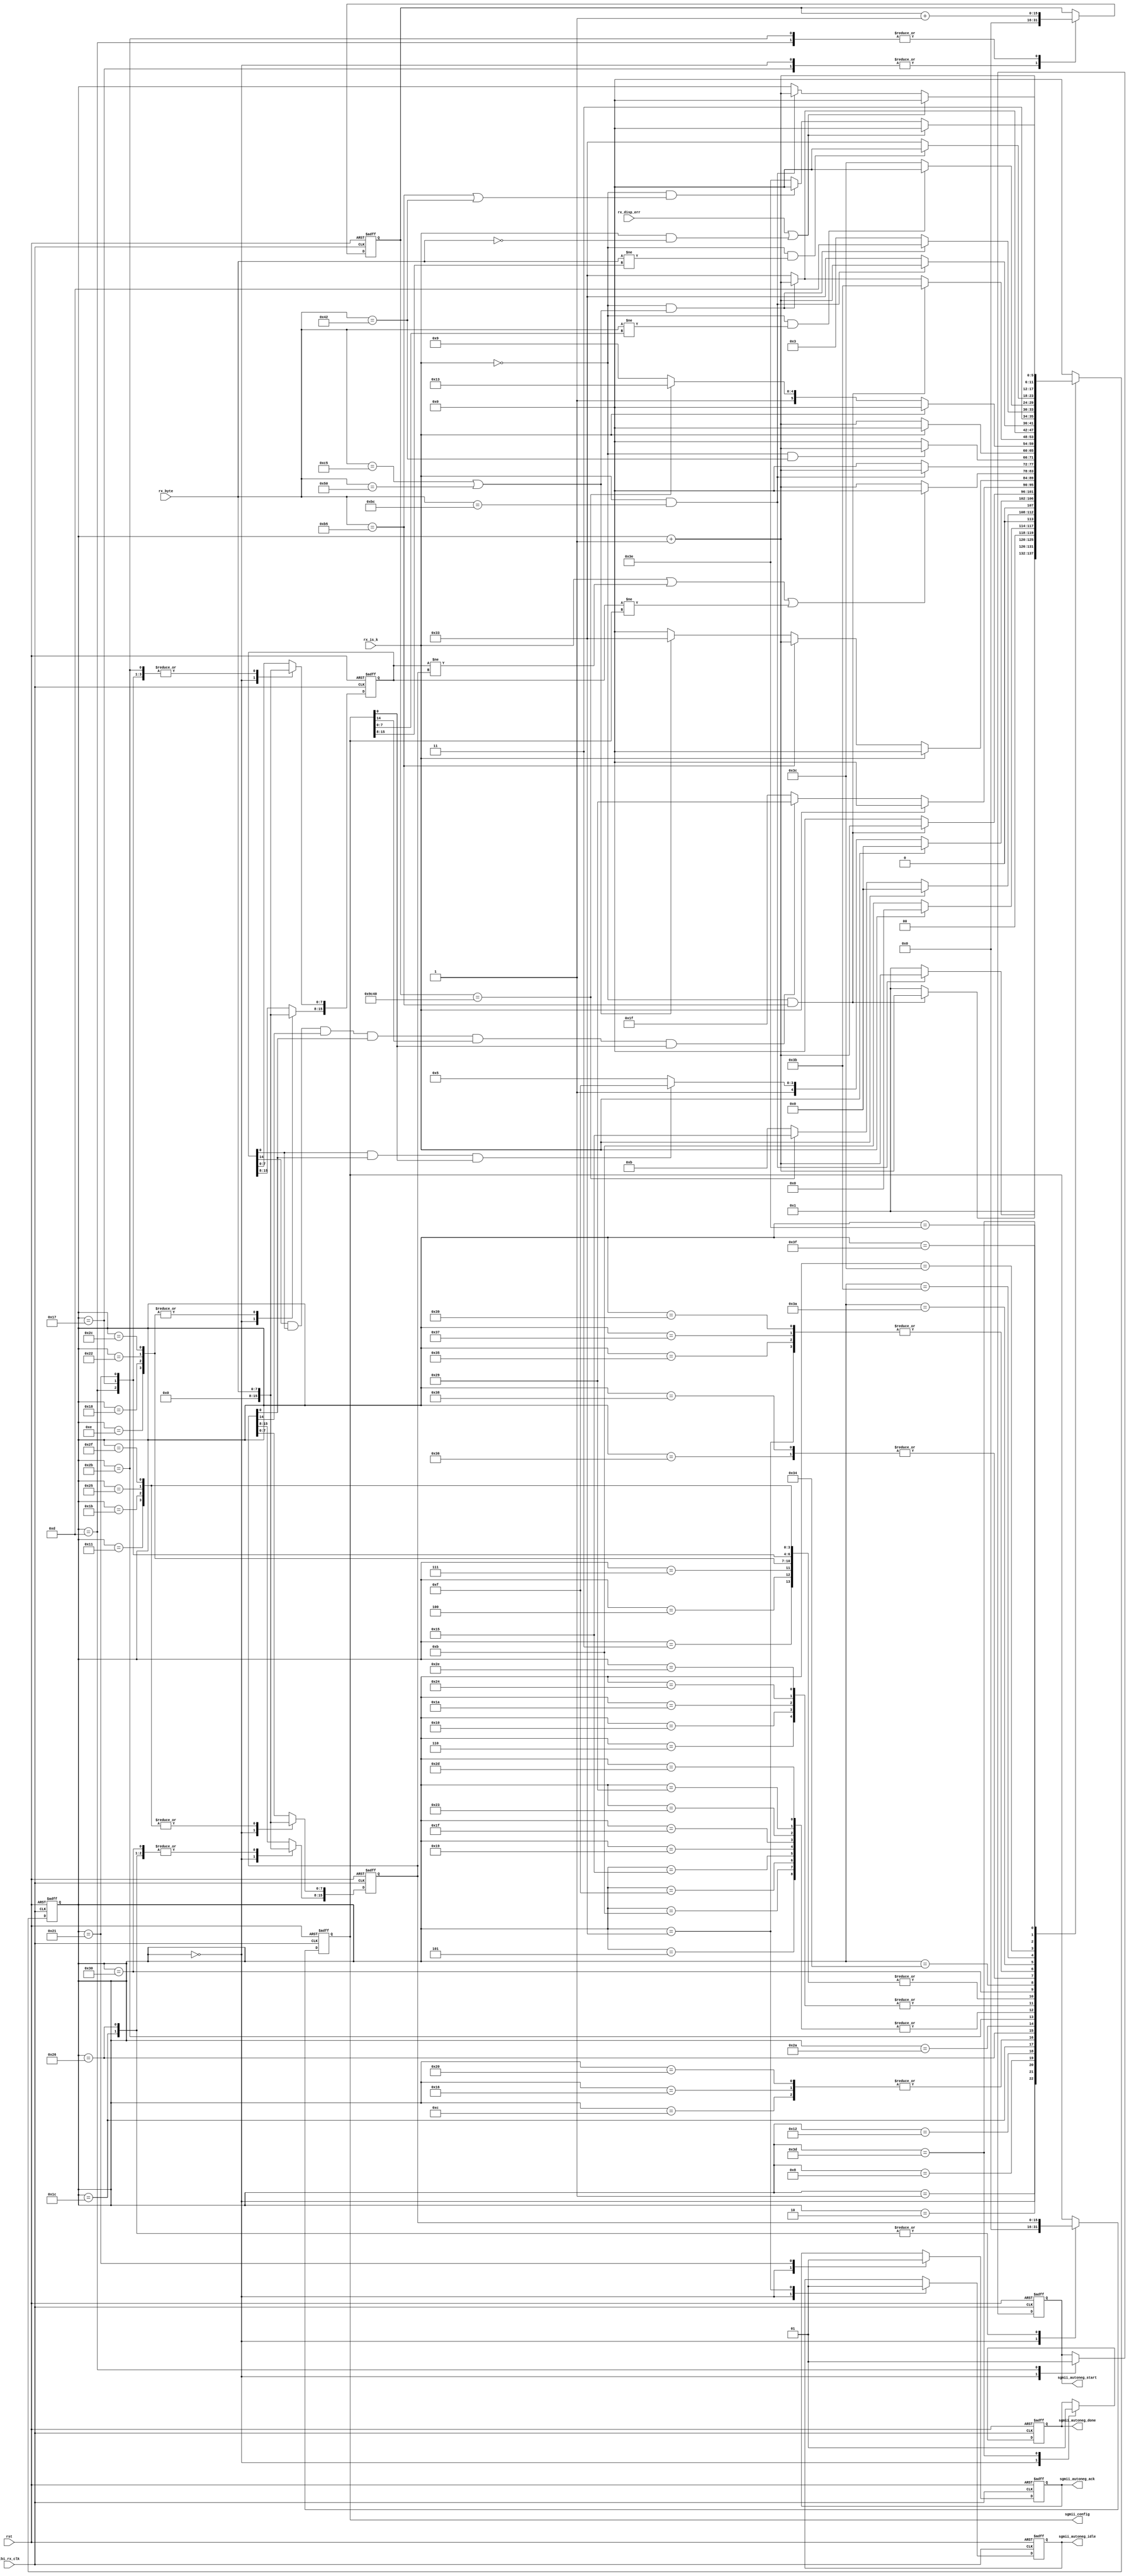
/* SPDX-License-Identifier: MIT */
/* (c) Copyright 2018 David M. Koltak, all rights reserved. */

/*
 * SGMII autonegotiation state machine
 */
 
module sgmii_autoneg
(
    input rst,
    input tbi_rx_clk,

    input [7:0] rx_byte,
    input rx_is_k,
    input rx_disp_err,

    output sgmii_autoneg_start,
    output sgmii_autoneg_ack,
    output sgmii_autoneg_idle,
    output sgmii_autoneg_done,
    output [15:0] sgmii_config
);
    parameter LINK_TIMER = 16'd40000;

    //
    // RX Autonegotiation state machine
    //

    reg [5:0] rx_state;
    wire [5:0] rx_state_next = (rx_state + 6'd1);
    reg rx_state_start;
    reg rx_state_ack;
    reg rx_state_idle;
    reg rx_state_complete;
    reg [15:0] rx_cfg_cnt;
    reg [15:0] rx_cfg1;
    reg [15:0] rx_cfg2;
    reg [15:0] rx_cfg;
    
    wire rx_error = rx_disp_err || (rx_is_k && (rx_byte == 8'd0));
    
    assign sgmii_autoneg_start = rx_state_start;
    assign sgmii_autoneg_ack = rx_state_ack;
    assign sgmii_autoneg_idle = rx_state_idle;
    assign sgmii_autoneg_done = rx_state_complete;
    assign sgmii_config = rx_cfg;
    
    always @ (posedge tbi_rx_clk or posedge rst)
        if (rst)
        begin
            rx_state <= 6'd0;
            rx_state_start <= 1'b0;
            rx_state_ack <= 1'b0;
            rx_state_idle <= 1'b0;
            rx_state_complete <= 1'b0;
            rx_cfg_cnt <= 16'd0;
            rx_cfg1 <= 16'd0;
            rx_cfg2 <= 16'd0;
            rx_cfg <= 16'd0;
        end
        else
            case (rx_state)
            6'd0:
            begin
                rx_state <= 6'd1;
                rx_state_start <= 1'b0;
                rx_state_ack <= 1'b0;
                rx_state_idle <= 1'b0;
                rx_state_complete <= 1'b0;
                rx_cfg_cnt <= 16'd0;
                rx_cfg1 <= 16'd0;
                rx_cfg2 <= 16'd0;
                rx_cfg <= 16'd0;
            end

            // Search for first CFG1/2
            6'd1: rx_state <= (rx_is_k && (rx_byte == 8'hBC)) ? rx_state_next : 6'd1;
            6'd2: rx_state <= (!rx_is_k && (rx_byte == 8'hB5)) ? rx_state_next : 6'd1;
            6'd3: rx_state <= (rx_is_k) ? 6'd0 : rx_state_next;
            6'd4: rx_state <= (rx_is_k) ? 6'd0 : rx_state_next;
            6'd5: rx_state <= (rx_is_k && (rx_byte == 8'hBC)) ? rx_state_next : 6'd0;
            6'd6: rx_state <= (!rx_is_k && (rx_byte == 8'h42)) ? rx_state_next : 6'd0;
            6'd7: rx_state <= (rx_is_k) ? 6'd0 : rx_state_next;
            6'd8: rx_state <= (rx_is_k) ? 6'd0 : 6'd11;
            
            // Continue to count LINK_TIMER x CFG1/2
            6'd11: rx_state <= (rx_is_k && (rx_byte == 8'hBC)) ? rx_state_next : 6'd0;
            6'd12: rx_state <= (!rx_is_k && (rx_byte == 8'hB5)) ? rx_state_next : 6'd0;
            6'd13:
            begin
                rx_state_start <= 1'b1;
                rx_cfg_cnt <= rx_cfg_cnt + 16'd1;
                rx_cfg1[7:0] <= rx_byte;
                rx_state <= (rx_is_k) ? 6'd0 : rx_state_next;
            end
            6'd14:
            begin
                rx_cfg1[15:8] <= rx_byte;
                rx_state <= (rx_is_k) ? 6'd0 : rx_state_next;
            end
            6'd15: rx_state <= (rx_is_k && (rx_byte == 8'hBC)) ? rx_state_next : 6'd0;
            6'd16: rx_state <= (!rx_is_k && (rx_byte == 8'h42)) ? rx_state_next : 6'd0;
            6'd17:
            begin
                rx_cfg2[7:0] <= rx_byte;
                rx_state <= (rx_is_k) ? 6'd0 : rx_state_next;
            end
            6'd18:
            begin
                rx_cfg2[15:8] <= rx_byte;
                rx_state <= (rx_is_k) ? 6'd0 : 
                            (rx_cfg_cnt == LINK_TIMER) ? 6'd21 : 6'd11;
            end
            
            // Wait for non-zero CFG
            6'd21: rx_state <= (rx_is_k && (rx_byte == 8'hBC)) ? rx_state_next : 6'd0;
            6'd22: rx_state <= (!rx_is_k && (rx_byte == 8'hB5)) ? rx_state_next : 6'd0;
            6'd23:
            begin
                rx_cfg_cnt <= 16'd0;
                rx_cfg1[7:0] <= rx_byte;
                rx_state <= (rx_is_k) ? 6'd0 : rx_state_next;
            end
            6'd24:
            begin
                rx_cfg1[15:8] <= rx_byte;
                rx_state <= (rx_is_k) ? 6'd0 : rx_state_next;
            end
            6'd25: rx_state <= (rx_is_k && (rx_byte == 8'hBC)) ? rx_state_next : 6'd0;
            6'd26: rx_state <= (!rx_is_k && (rx_byte == 8'h42)) ? rx_state_next : 6'd0;
            6'd27:
            begin
                rx_cfg2[7:0] <= rx_byte;
                rx_state <= (rx_is_k) ? 6'd0 : rx_state_next;
            end
            6'd28:
            begin
                rx_cfg2[15:8] <= rx_byte;
                rx_cfg <= rx_cfg2;
                rx_state <= (rx_is_k) ? 6'd0 : (rx_cfg1[0] && rx_cfg2[0] && rx_cfg[0]) ? 6'd31 : 6'd21;
            end
 
             // Wait for ACK
            6'd31: rx_state <= (rx_is_k && (rx_byte == 8'hBC)) ? rx_state_next : 6'd0;
            6'd32: rx_state <= (!rx_is_k && (rx_byte == 8'hB5)) ? rx_state_next : 6'd0;
            6'd33:
            begin
                rx_state_ack <= 1'b1;
                rx_cfg1[7:0] <= rx_byte;
                rx_state <= (rx_is_k) ? 6'd0 : rx_state_next;
            end
            6'd34:
            begin
                rx_cfg1[15:8] <= rx_byte;
                rx_state <= (rx_is_k) ? 6'd0 : rx_state_next;
            end
            6'd35: rx_state <= (rx_is_k && (rx_byte == 8'hBC)) ? rx_state_next : 6'd0;
            6'd36: rx_state <= (!rx_is_k && (rx_byte == 8'h42)) ? rx_state_next : 6'd0;
            6'd37:
            begin
                rx_cfg2[7:0] <= rx_byte;
                rx_state <= (rx_is_k) ? 6'd0 : rx_state_next;
            end
            6'd38:
            begin
                rx_cfg2[15:8] <= rx_byte;
                rx_cfg <= rx_cfg2;
                rx_state <= (rx_is_k) ? 6'd0 : 
                (rx_cfg1[14] && rx_cfg1[0] && rx_cfg2[14] && rx_cfg2[0] && rx_cfg[14] && rx_cfg[0]) ? 6'd41 : 6'd31;
            end
            
            // Continue to count LINK_TIMER more x CFG1/2, must match previous non-zero value
            6'd41: rx_state <= (rx_is_k && (rx_byte == 8'hBC)) ? rx_state_next : 6'd0;
            6'd42: rx_state <= (rx_is_k) ? 6'd0 : (rx_byte == 8'hB5) ? rx_state_next :
                               ((rx_byte == 8'hC5) || (rx_byte == 8'h50)) ? 6'd51 : 6'd0;
            6'd43:
            begin
                rx_cfg_cnt <= rx_cfg_cnt + 16'd1;
                rx_cfg1[7:0] <= rx_byte;
                rx_state <= (rx_is_k || (rx_cfg1 != rx_cfg2) || (rx_cfg1 != rx_cfg)) ? 6'd0 : rx_state_next;
            end
            6'd44:
            begin
                rx_cfg1[15:8] <= rx_byte;
                rx_state <= (rx_is_k) ? 6'd0 : rx_state_next;
            end
            6'd45: rx_state <= (rx_is_k && (rx_byte == 8'hBC)) ? rx_state_next : 6'd0;
            6'd46: rx_state <= (!rx_is_k && (rx_byte == 8'h42)) ? rx_state_next : 6'd0;
            6'd47:
            begin
                rx_cfg2[7:0] <= rx_byte;
                rx_state <= (rx_is_k) ? 6'd0 : rx_state_next;
            end
            6'd48:
            begin
                rx_cfg2[15:8] <= rx_byte;
                rx_state <= (rx_is_k) ? 6'd0 : 
                            (rx_cfg_cnt == LINK_TIMER) ? 6'd51 : 6'd41;
            end
            
            // Wait for 2 x IDLE
            6'd51: 
            begin
                rx_state_idle <= 1'b1;
                rx_state <= (rx_is_k && (rx_byte == 8'hBC)) ? rx_state_next : 6'd51;
            end
            6'd52: rx_state <= (!rx_is_k && (rx_byte == 8'hB5)) ? 6'd59 :
                               (!rx_is_k && ((rx_byte == 8'h50) || (rx_byte == 8'hC5))) ? rx_state_next : 6'd51;
            6'd53: rx_state <= (rx_is_k && (rx_byte == 8'hBC)) ? rx_state_next : 6'd51;
            6'd54: rx_state <= (!rx_is_k && ((rx_byte == 8'h50) || (rx_byte == 8'hC5))) ? rx_state_next : 6'd51;
            6'd55: rx_state <= (rx_is_k && (rx_byte == 8'hBC)) ? rx_state_next : 6'd51;
            6'd56: rx_state <= (!rx_is_k && ((rx_byte == 8'h50) || (rx_byte == 8'hC5))) ? rx_state_next : 6'd51;
            6'd57: rx_state <= (rx_is_k && (rx_byte == 8'hBC)) ? rx_state_next : 6'd51;
            6'd58: rx_state <= (!rx_is_k && ((rx_byte == 8'h50) || (rx_byte == 8'hC5))) ? 6'd61 : 6'd51;
            
            // Error condition if CFG changed
            6'd59: rx_state <= (!rx_is_k && (rx_byte != rx_cfg[7:0])) ? 6'd0 : 6'd60;
            6'd60: rx_state <= (!rx_is_k && (rx_byte != rx_cfg[15:8])) ? 6'd0 : 6'd51;

            // Done receiving CFG - restart on error or seeing another CFG sequence
            6'd61:
            begin
                rx_state_complete <= 1'b1;
                rx_state <= rx_state_next;
            end
            6'd62:
                rx_state <= (rx_error) ? 6'd0 : 
                            (rx_is_k && (rx_byte == 8'hBC)) ? rx_state_next : rx_state;
            6'd63:
                rx_state <= (rx_error) ? 6'd0 : 
                            (!rx_is_k && ((rx_byte == 8'hB5) || (rx_byte == 8'h42))) ? 6'd0 : 6'd62;
            
            default: rx_state <= 6'd0;
            endcase
            
endmodule